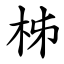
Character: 柹